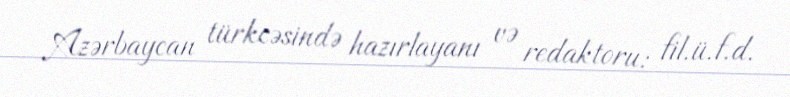
Azərbaycan türkcəsində hazırlayanı və redaktoru: fil.ü.f.d.